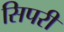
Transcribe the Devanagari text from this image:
सिपरी